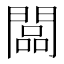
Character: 闆